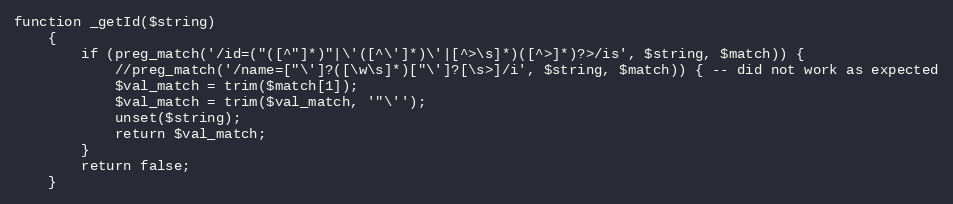
Language: PHP
function _getId($string)
	{
		if (preg_match('/id=("([^"]*)"|\'([^\']*)\'|[^>\s]*)([^>]*)?>/is', $string, $match)) {
			//preg_match('/name=["\']?([\w\s]*)["\']?[\s>]/i', $string, $match)) { -- did not work as expected
			$val_match = trim($match[1]);
			$val_match = trim($val_match, '"\'');
			unset($string);
			return $val_match;
		}
		return false;
	}